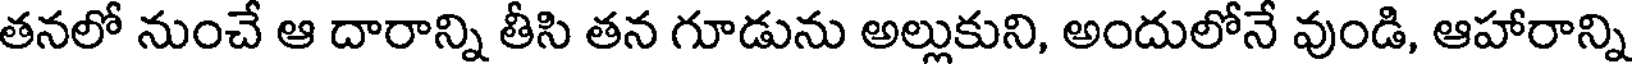
తనలో నుంచే ఆ దారాన్ని తీసి తన గూడును అల్లుకుని, అందులోనే వుండి, ఆహారాన్ని